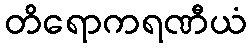
တိရောကရဏီယံ